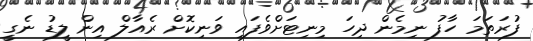
ފުރަތަމަ ހާފު ނިމެން ދިހަ މިނިޓަށްވެފައި ވަނިކޮށް ރެއާލް އިން ލީޑު ނެގީ